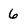
Character: 6